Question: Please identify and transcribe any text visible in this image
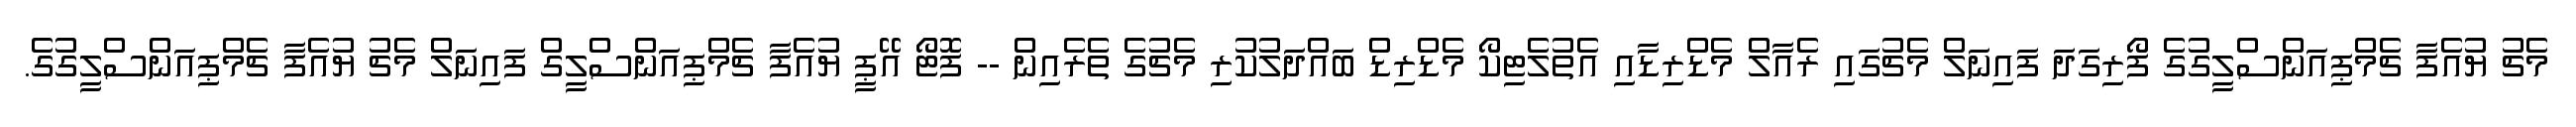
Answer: މެޗު ޔުއެފާ ޗެމްޕިއަންސްލީގުގެ ފޯރިގަދަ ފައިނަލް މެޗުގައި ރެއާލް މެޑްރިޑާއި އެތުލެޓިކޯ މެޑްރިޑް ބައްދަލުކުރި މެޗުގެ ތެރެއިން -- ފޮޓޯ އޭޕީ ޔުއެފާ ޗެމްޕިއަންސްލީގް ފައިނަލް މެޗު ޔުއެފާ ޗެމްޕިއަންސްލީގުގެ.